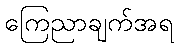
ကြေညာချက်အရ